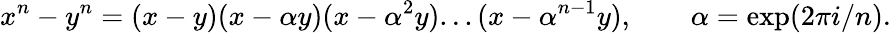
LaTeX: x^{n}-y^{n}=(x-y)(x-\alpha y)(x-\alpha^{2}y)...(x-\alpha^{n-1}y),\qquad\alpha=\exp(2\pi i/n).